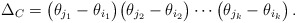
\begin{align*}\Delta_C = \big(\theta_{j_1}-\theta_{i_1}\big)\big(\theta_{j_2}-\theta_{i_2}\big)\cdots \big(\theta_{j_k}-\theta_{i_k}\big)\,.\end{align*}